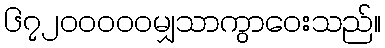
၆၇၂၀၀၀၀၀မျှသာကွာဝေးသည်။